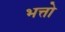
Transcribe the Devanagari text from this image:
भत्तो